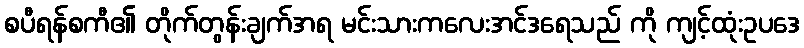
စပီရန်စကီ၏ တိုက်တွန်းချက်အရ မင်းသားကလေးအင်ဒရေသည် ကို ကျင့်ထုံးဥပဒေ